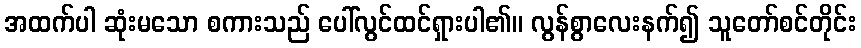
အထက်ပါ ဆုံးမသော စကားသည် ပေါ်လွင်ထင်ရှားပါ၏။ လွန်စွာလေးနက်၍ သူတော်စင်တိုင်း